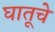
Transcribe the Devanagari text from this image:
घातूचे